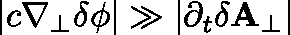
| c \nabla _ { \perp } \delta \phi | \gg | \partial _ { t } \mathbf { \delta A _ { \perp } } |